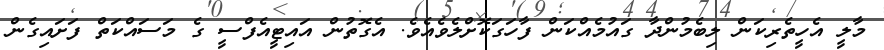
މާލީ އެހީތެރިކަން ލިބެމުންދާ ގައުމެއްކަން ފާހަގަކޮށްލެވެއެވެ. އެގޮތުން އައިޓީއެފްސީ ގެ މަސައްކަތް ފަށައިގެން